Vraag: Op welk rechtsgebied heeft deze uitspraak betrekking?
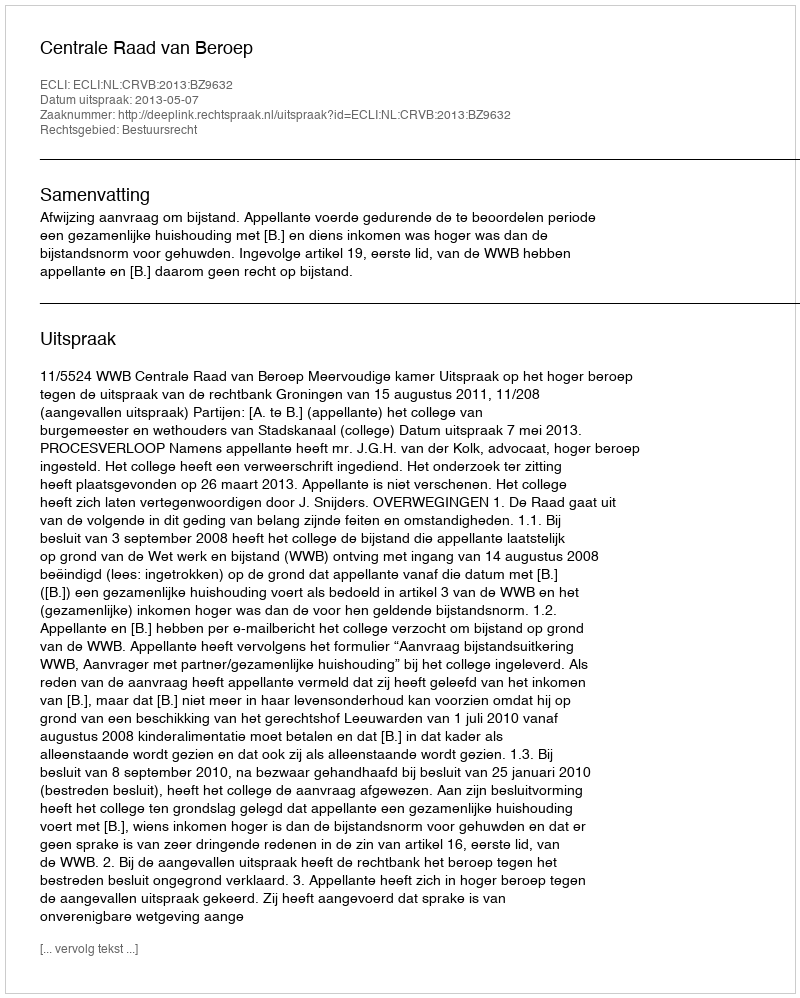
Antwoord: Bestuursrecht